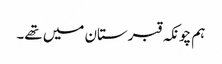
ہم چونکہ قبرستان میں تھے۔